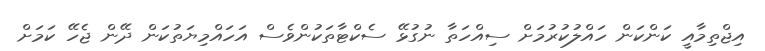
އިޖްތިމާއީ ކަންކަން ހައްލުކުރުމަށް ސިއްހަތާ ނުގުޅޭ ސެކްޓާތަކުންވެސް އަހައްމިޔަތުކަން ދޭން ޖެހޭ ކަމަށް